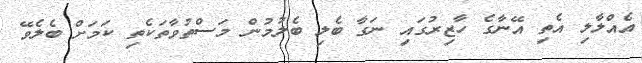
އެއްްލާލި އެތި އޭނާގެ ހާޒިރުގައި ނަގާ ބެލި ބެލުމުން މަސްތުވާތަކެތި ކަމަށް ބެލެވޭ